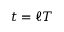
t = \ell T